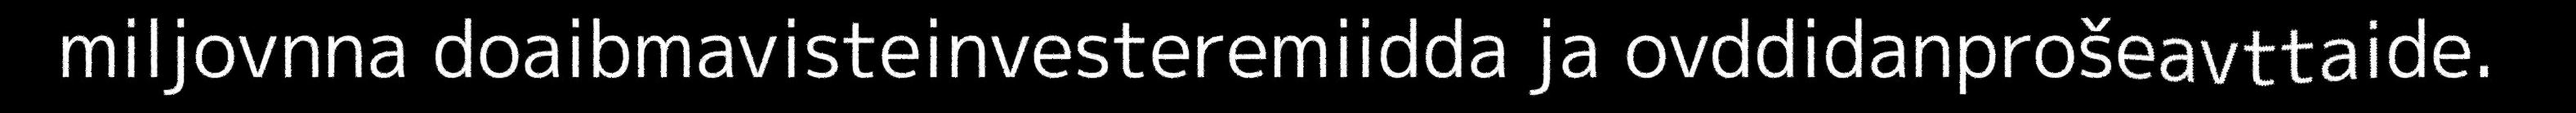
miljovnna doaibmavisteinvesteremiidda ja ovddidanprošeavttaide.